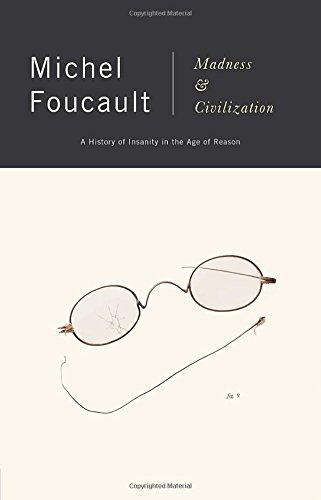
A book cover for Madness and Civilization: A History of Insanity in the Age of Reason; Michel Foucault; Health, Fitness & Dieting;